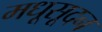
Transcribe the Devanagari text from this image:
मधूसूदन